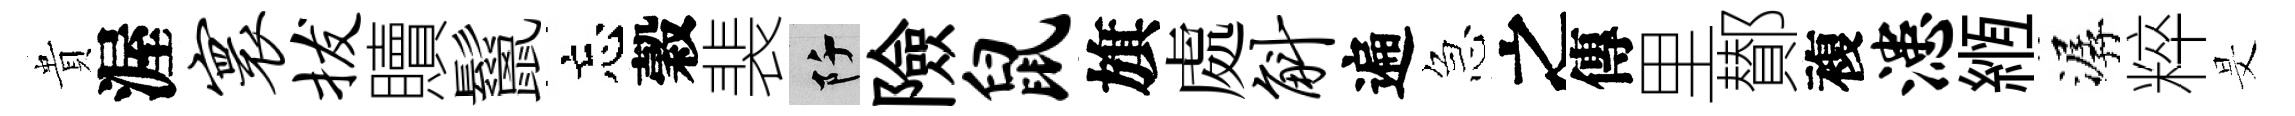
貴渥寰拔贖鬣忘穀裴阡險鼠旗處斛遍急之傳里鄼複漶縆潺粹旻